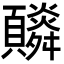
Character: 𩕼